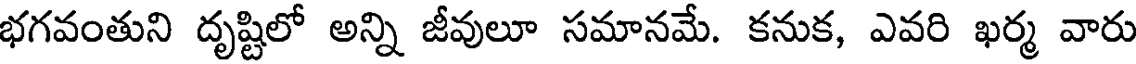
భగవంతుని దృష్టిలో అన్ని జీవులూ సమానమే. కనుక, ఎవరి ఖర్మ వారు